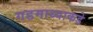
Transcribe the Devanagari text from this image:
गडमाथ्याकडे